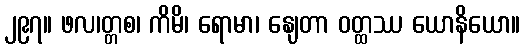
၂၉၇။ ဖလ၊တ္တစ၊ ကိမိ၊ ရောမာ၊ နျေတာ ဝတ္ထဿ ယောနိယော။